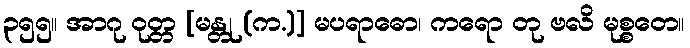
၃၅၅။ အာဂု ဝုတ္တ [မန္တု (က.)] မပရာဓော၊ ကရော တု ဗလိ မုစ္စတေ။